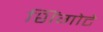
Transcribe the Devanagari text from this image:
शिंगोटे